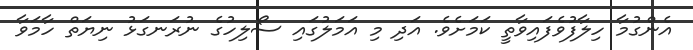
އެންގުމާ ހިލާފުވެފައިވާތީ ކަމަށެވެ. އަދި މި އަމަލުގައި ސޯލިހުގެ ނުރަނގަޅު ނިޔަތް ހާމަވާ